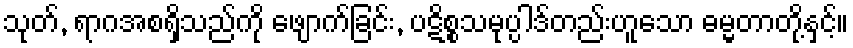
သုတ်, ရာဂအစရှိသည်ကို ဖျောက်ခြင်း, ပဋိစ္စသမုပ္ပါဒ်တည်းဟူသော ဓမ္မတာတို့နှင့်။